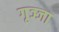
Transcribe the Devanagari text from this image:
गृञ्जा